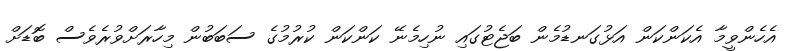
އެހެންވީމާ އެކަންކަން އަޅުގަނޑުމެން ބަޖެޓުގައި ނުހިމެނޭ ކަންކަން ކުރުމުގެ ސަބަބުން މިހާރަށްވުރެވެސް ބޮޑަށް